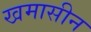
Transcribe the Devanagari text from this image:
खमासीन